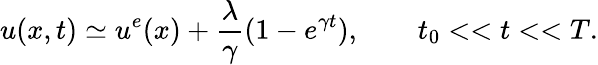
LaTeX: u(x,t)\simeq u^{e}(x)+\frac{\lambda}{\gamma}(1-e^{\gamma t}),\qquad t_{0}<<t<<T.